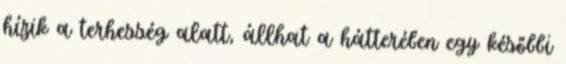
hízik a terhesség alatt, állhat a hátterében egy későbbi